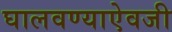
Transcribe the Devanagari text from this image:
घालवण्याऐवजी